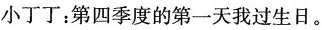
小丁丁：第四季度的第一天我过生日。